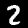
Digit: 2